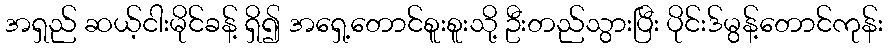
အရှည် ဆယ့်ငါးမိုင်ခန့် ရှိ၍ အရှေ့တောင်စူးစူးသို့ ဦးတည်သွားပြီး ပိုင်းဒ်မွန့်တောင်ကုန်း